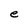
Character: e